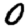
Digit: 0